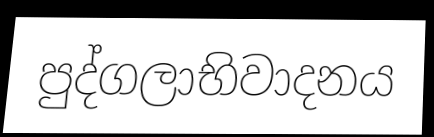
පුද්ගලාභිවාදනය